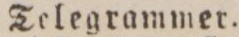
Telegrammer.